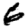
Digit: 6